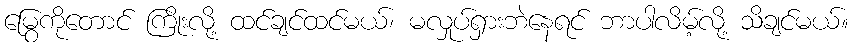
မြွေကိုတောင် ကြိုးလို့ ထင်ချင်ထင်မယ်၊ မလှုပ်ရှားဘဲနေရင် ဘာပါလိမ့်လို့ သိချင်မယ်။